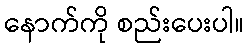
နောက်ကို စည်းပေးပါ။